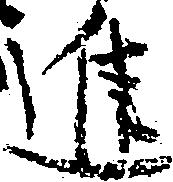
進